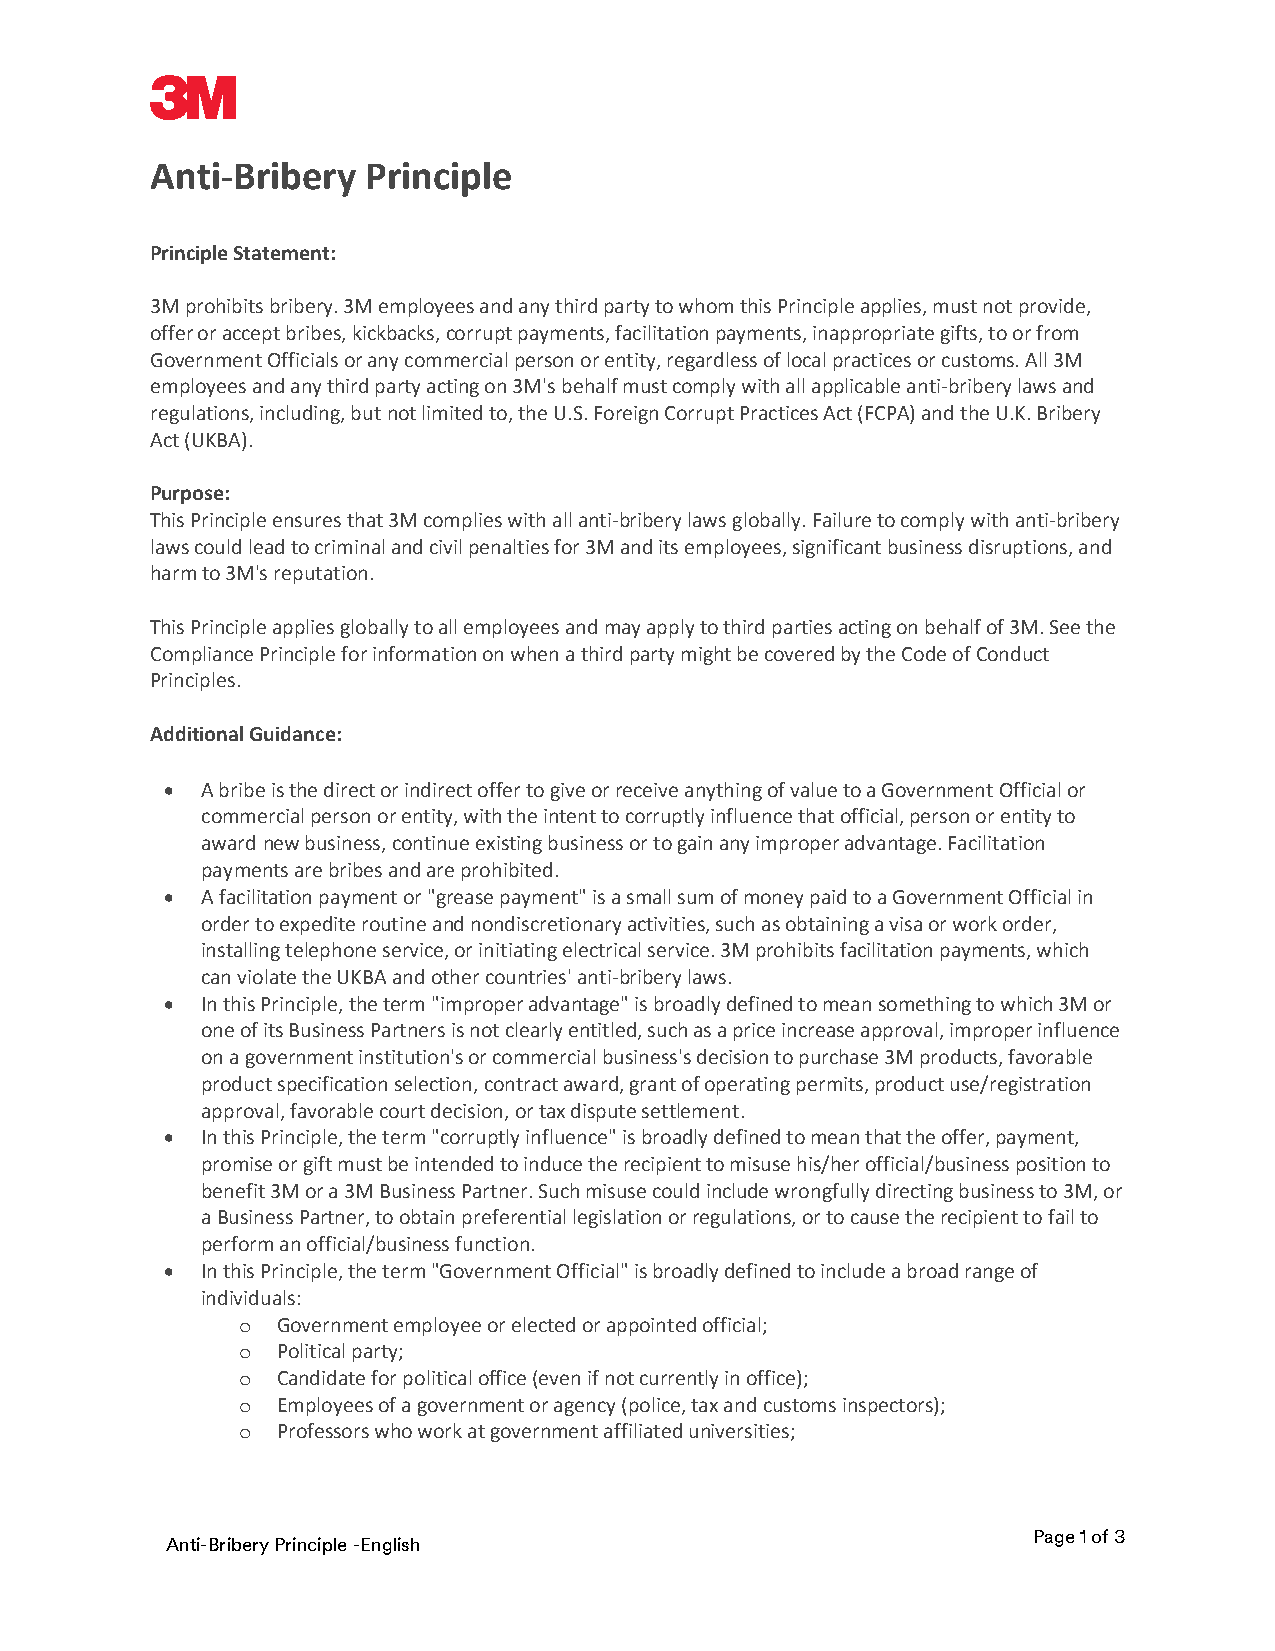
Anti-Bribery  Principle
 Principle Statement:
 3M prohibits bribery. 3M employees and any third party to whom this Principle applies, must not provide,
 offer or accept bribes, kickbacks, corrupt payments, facilitation payments, inappropriate gifts, to or from
 Government Officials or any commercial person or entity, regardless of local practices or customs. All 3M
 employees and any third party acting on 3M's behalf must comply with all applicable anti-bribery laws and
 regulations, including, but not limited to, the U.S. Foreign Corrupt Practices Act (FCPA) and the U.K. Bribery
 Act (UKBA).
 Purpose:
 This Principle ensures that 3M complies with all anti-bribery laws globally. Failure to comply with anti-bribery
 laws could lead to criminal and civil penalties for 3M and its employees, significant business disruptions, and
 harm to 3M's reputation.
 This Principle applies globally to all employees and may apply to third parties acting on behalf of 3M. See the
 Compliance Principle for information on when a third party might be covered by the Code of Conduct
 Principles.
 Additional Guidance:
 • A bribe is the direct or indirect offer to give or receive anything of value to a Government Official or
 commercial person or entity, with the intent to corruptly influence that official, person or entity to
 award new business, continue existing business or to gain any improper advantage. Facilitation
 payments are bribes and are prohibited.
 • A facilitation payment or "grease payment" is a small sum of money paid to a Government Official in
 order to expedite routine and nondiscretionary activities, such as obtaining a visa or work order,
 installing telephone service, or initiating electrical service. 3M prohibits facilitation payments, which
 can violate the UKBA and other countries' anti-bribery laws.
 • In this Principle, the term "improper advantage" is broadly defined to mean something to which 3M or
 one of its Business Partners is not clearly entitled, such as a price increase approval, improper influence
 on a government institution's or commercial business's decision to purchase 3M products, favorable
 product specification selection, contract award, grant of operating permits, product use/registration
 approval, favorable court decision, or tax dispute settlement.
 • In this Principle, the term "corruptly influence" is broadly defined to mean that the offer, payment,
 promise or gift must be intended to induce the recipient to misuse his/her official/business position to
 benefit 3M or a 3M Business Partner. Such misuse could include wrongfully directing business to 3M, or
 a Business Partner, to obtain preferential legislation or regulations, or to cause the recipient to fail to
 perform an official/business function.
 • In this Principle, the term "Government Official" is broadly defined to include a broad range of
 individuals:
 Government employee or elected or appointed official;
 o
 Political party;
 o
 Candidate for political office (even if not currently in office);
 o
 Employees of a government or agency (police, tax and customs inspectors);
 o
 Professors who work at government affiliated universities;
 o
 Page 1 of 3
 Anti-Bribery Principle -English